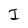
Character: J